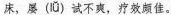
床，屡(lǚ)试不爽，疗效颇住。